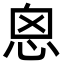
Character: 恖